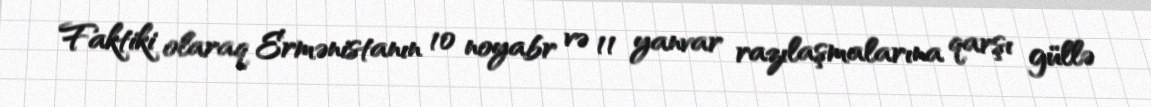
Faktiki olaraq Ermənistanın 10 noyabr və 11 yanvar razılaşmalarına qarşı güllə